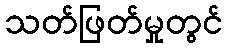
သတ်ဖြတ်မှုတွင်